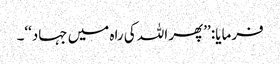
فرمایا: ’’پھر اللہ کی راہ میں جہاد‘‘۔